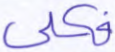
فكلي